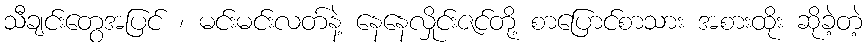
သီချင်းတွေအပြင် ၊ မင်းမင်းလတ်နဲ့ နေနေလှိုင်းဇင်တို့ စာပြောင်စာသား အစားထိုး ဆိုခဲ့တဲ့